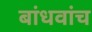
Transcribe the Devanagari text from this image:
बांधवांच